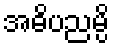
အဓိပညမ္ပိ